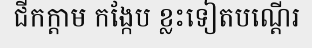
ជីកក្តាម កង្កែប ខ្លះទៀតបណ្តើរ